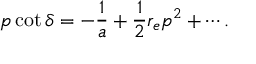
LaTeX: p \cot \delta = - \frac { 1 } { a } + \frac 1 2 r _ { e } p ^ { 2 } + \cdots .